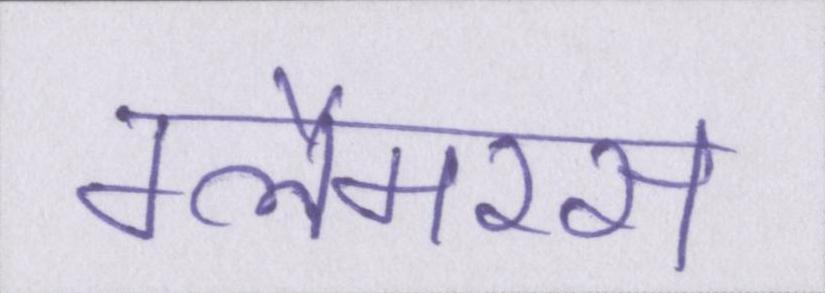
ग्लैमरस